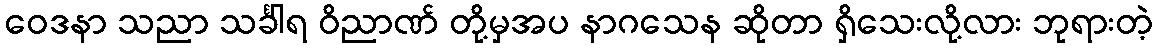
ဝေဒနာ သညာ သင်္ခါရ ဝိညာဏ် တို့မှအပ နာဂသေန ဆိုတာ ရှိသေးလို့လား ဘုရားတဲ့